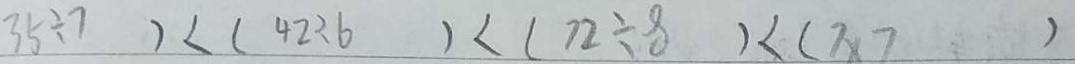
3 5 \div 7 ) < ( 4 2 \div 6 ) < ( 7 2 \div 8 ) < ( 7 \times 7 )